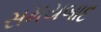
સમયબાદ